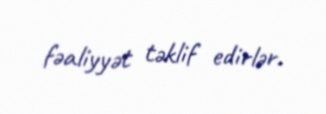
fəaliyyət təklif edirlər.